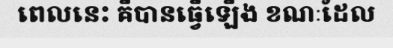
ពេលនេះ គឺបានធ្វើឡើង ខណៈដែល